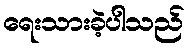
ရေးသားခဲ့ပါသည်